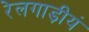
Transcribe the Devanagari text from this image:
रेलगाड़ीयं